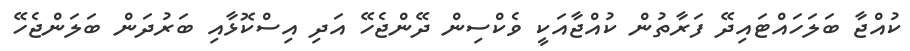
ކުއްޖާ ބަލަހައްޓައިދޭ ފަރާތުން ކުއްޖާއަކީ ވެކްސިން ދޭންޖެހޭ އަދި އިސްކޮޅާއި ބަރުދަން ބަލަންޖެހޭ